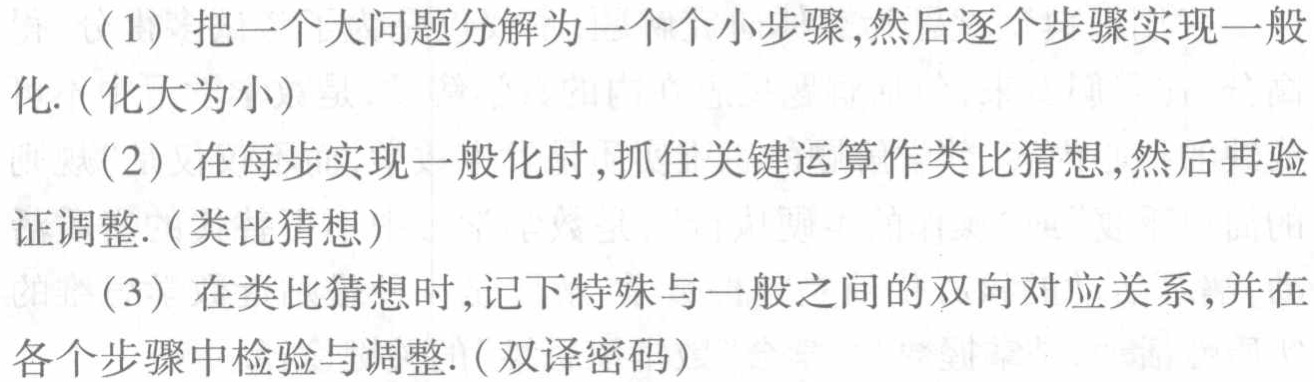
(1) 把一个大问题分解为一个个小步骤,然后逐个步骤实现一般化. (化大为小)
(2) 在每步实现一般化时,抓住关键运算作类比猜想,然后再验证调整. (类比猜想)
(3) 在类比猜想时,记下特殊与一般之间的双向对应关系,并在各个步骤中检验与调整. (双译密码)